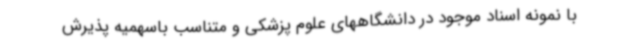
با نمونه اسناد موجود در دانشگاههای علوم پزشکی و متناسب باسهمیه پذیرش